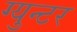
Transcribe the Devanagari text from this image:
ग्युन्टर